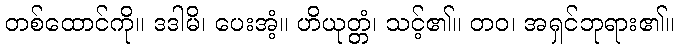
တစ်ထောင်ကို။ ဒဒါမိ၊ ပေးအံ့။ ဟိယုတ္တံ၊ သင့်၏။ တဝ၊ အရှင်ဘုရား၏။